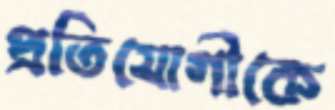
প্রতিযোগীকে